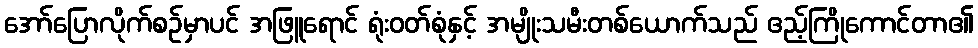
အော်ပြောလိုက်စဉ်မှာပင် အဖြူရောင် ရုံးဝတ်စုံနှင့် အမျိုးသမီးတစ်ယောက်သည် ဧည့်ကြိုကောင်တာ၏